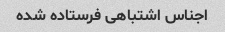
اجناس اشتباهی فرستاده شده